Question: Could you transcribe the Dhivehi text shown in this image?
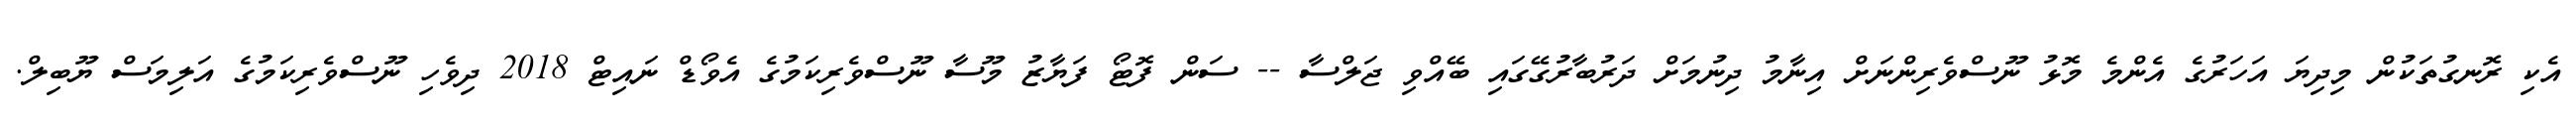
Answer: އެކި ރޮނގުތަކުން މިދިޔަ އަހަރުގެ އެންމެ މޮޅު ނޫސްވެރިންނަށް އިނާމު ދިނުމަށް ދަރުބާރުގޭގައި ބޭއްވި ޖަލްސާ -- ސަން ފޮޓޯ ފަޔާޒު މޫސާ ނޫސްވެރިކަމުގެ އެވޯޑް ނައިޓް 2018 ދިވެހި ނޫސްވެރިކަމުގެ އަލިމަސް ޔޫބިލް.